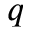
\boldsymbol { q }